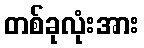
တစ်ခုလုံးအား